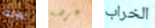
غازية عرضية الخراب